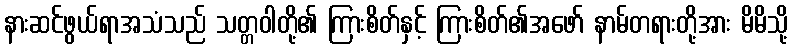
နားဆင်ဖွယ်ရာအသံသည် သတ္တဝါတို့၏ ကြားစိတ်နှင့် ကြားစိတ်၏အဖော် နာမ်တရားတို့အား မိမိသို့